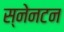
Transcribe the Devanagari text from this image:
स्नेनटन